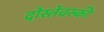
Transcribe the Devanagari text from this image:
दोस्तेवस्की